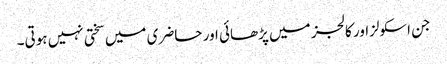
جن اسکولزاور کالجز میں پڑھائی اور حاضری میں سختی نہیں ہوتی۔